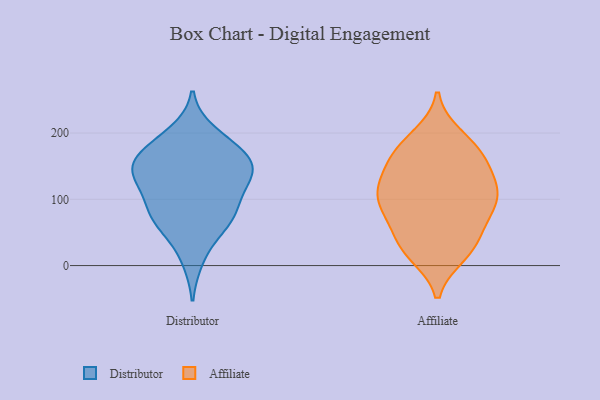
{"axis": {"x": "Churn Rate (%)", "y": "Value"}, "legend": ["Affiliate", "Distributor"], "data": [{"x": "", "y": 10, "type": "Distributor"}, {"x": "", "y": 149, "type": "Distributor"}, {"x": "", "y": 73, "type": "Distributor"}, {"x": "", "y": 121, "type": "Distributor"}, {"x": "", "y": 113, "type": "Distributor"}, {"x": "", "y": 165, "type": "Distributor"}, {"x": "", "y": 144, "type": "Distributor"}, {"x": "", "y": 82, "type": "Distributor"}, {"x": "", "y": 149, "type": "Distributor"}, {"x": "", "y": 200, "type": "Distributor"}, {"x": "", "y": 181, "type": "Distributor"}, {"x": "", "y": 145, "type": "Distributor"}, {"x": "", "y": 81, "type": "Distributor"}, {"x": "", "y": 71, "type": "Distributor"}, {"x": "", "y": 137, "type": "Distributor"}, {"x": "", "y": 52, "type": "Distributor"}, {"x": "", "y": 181, "type": "Distributor"}, {"x": "", "y": 84, "type": "Affiliate"}, {"x": "", "y": 93, "type": "Affiliate"}, {"x": "", "y": 138, "type": "Affiliate"}, {"x": "", "y": 104, "type": "Affiliate"}, {"x": "", "y": 174, "type": "Affiliate"}, {"x": "", "y": 151, "type": "Affiliate"}, {"x": "", "y": 177, "type": "Affiliate"}, {"x": "", "y": 122, "type": "Affiliate"}, {"x": "", "y": 33, "type": "Affiliate"}, {"x": "", "y": 116, "type": "Affiliate"}, {"x": "", "y": 26, "type": "Affiliate"}, {"x": "", "y": 83, "type": "Affiliate"}, {"x": "", "y": 168, "type": "Affiliate"}, {"x": "", "y": 195, "type": "Affiliate"}, {"x": "", "y": 18, "type": "Affiliate"}, {"x": "", "y": 65, "type": "Affiliate"}, {"x": "", "y": 109, "type": "Affiliate"}, {"x": "", "y": 29, "type": "Affiliate"}]}